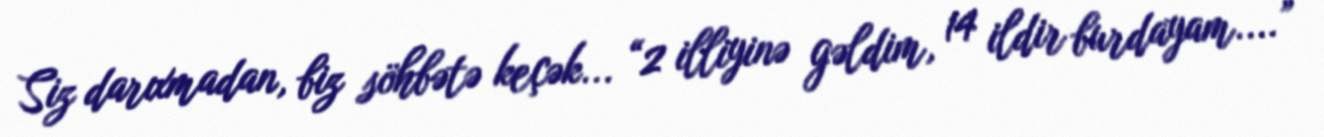
Siz darıxmadan, biz söhbətə keçək... “2 illiyinə gəldim, 14 ildir burdayam....”